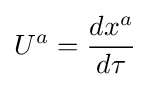
U^{a}={\frac {dx^{a}}{d\tau }}